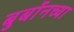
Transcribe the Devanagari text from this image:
बुर्बोनच्या